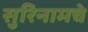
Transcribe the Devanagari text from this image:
सुरिनामचे